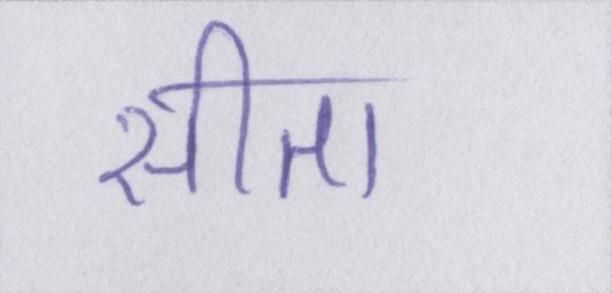
सीता